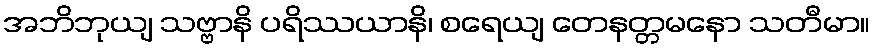
အဘိဘုယျ သဗ္ဗာနိ ပရိဿယာနိ၊ စရေယျ တေနတ္တမနော သတီမာ။